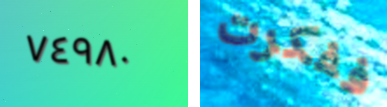
٧٤٩٨٠ ففكرت